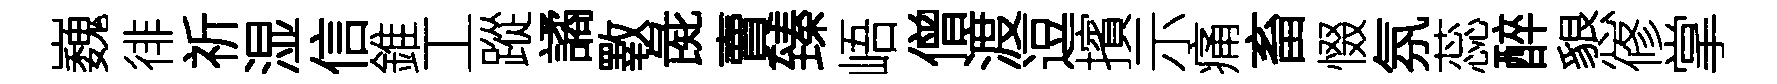
巍徘祈湿信錐工蹤譎斁彘賣臻峿僧渡逗擯示痛畜惙氛蕊醉懇修掌